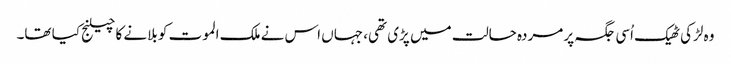
وہ لڑکی ٹھیک اُسی جگہ پر مردہ حالت میں پڑی تھی، جہاں اس نے ملک الموت کو بلانے کا چیلنج کیا تھا۔